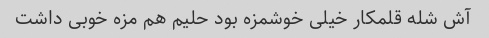
آش شله قلمکار خیلی خوشمزه بود حلیم هم مزه خوبی داشت